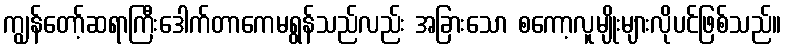
ကျွန်တော့်ဆရာကြီးဒေါက်တာကေမရွန်သည်လည်း အခြားသော စကော့လူမျိုးများလိုပင်ဖြစ်သည်။